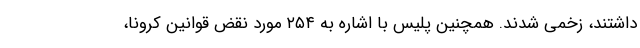
داشتند، زخمی شدند. همچنین پلیس با اشاره به ۲۵۴ مورد نقض قوانین کرونا،